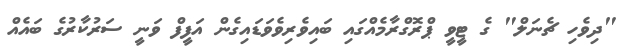
"ދިވެހި ޗެނަލް" ގެ ޓީވީ ޕްރޮގްރާމެއްގައި ބައިވެރިވެވަޑައިގެން އަފީފް ވަނީ ސަރުކާރުގެ ބައެއް